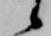
候